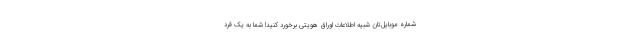
شماره موبایل‌تان شبیه اطلاعات اوراق هویتی برخورد کنید! شما به یک فرد